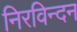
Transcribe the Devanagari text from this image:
निरविन्दन